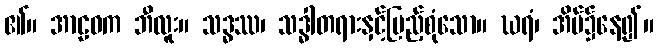
၏။ အာဠဝက ဘီလူး။ သဒ္ဓဿ၊ သဒ္ဓါတရားနှင့်ပြည့်စုံသော။ ဃရံ၊ အိမ်၌နေ၍။